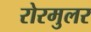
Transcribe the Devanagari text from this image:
रोरमुलर